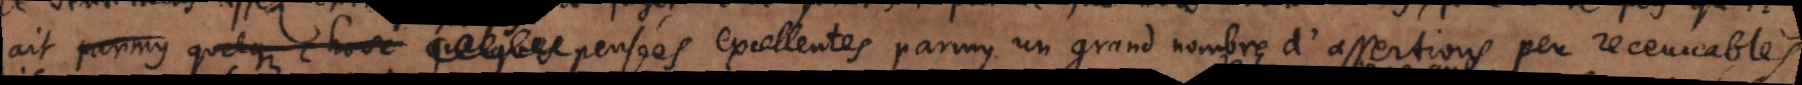
ait parmy quelque chose quelques pensées excellentes parmy un grand nombre d’assertions peu receuvables.